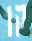
קן